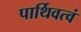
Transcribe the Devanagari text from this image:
पार्थिवत्वं